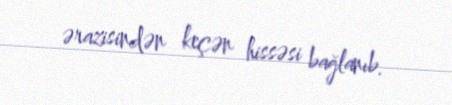
ərazisindən keçən hissəsi bağlanıb.